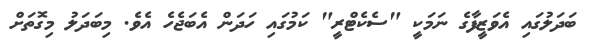
ބަދަލުގައި އެވަޒީފާގެ ނަމަކީ "ސެކެޓްރީ" ކަމުގައި ހަދަން އެބަޖެހެ އެވެ. މިބަދަލު މިގޮތަށް